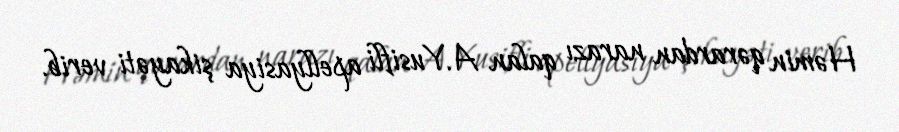
Həmin qərardan narazı qalan A.Yusifli apellyasiya şikayəti verib.